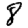
Digit: 8